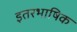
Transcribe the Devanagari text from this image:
इतरभाषिक